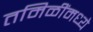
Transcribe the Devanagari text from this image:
तमिळींमध्ये